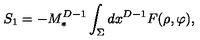
S _ { 1 } = - M _ { * } ^ { D - 1 } \int _ { \Sigma } d x ^ { D - 1 } F ( \rho , \varphi ) ,